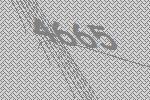
4665